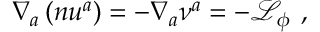
\nabla _ { a } \left( n u ^ { a } \right) = - \nabla _ { a } \nu ^ { a } = - \mathcal { L } _ { \phi } ~ ,